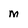
Character: m